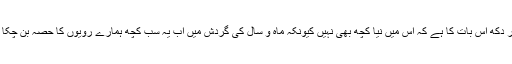
یہ سب کچھ نیا ہوتا تو مجھے افسوس نہیں ہوتا مگر دکھ اس بات کا ہے کہ اس میں نیا کچھ بھی نہیں کیونکہ ماہ و سال کی گردش میں اب یہ سب کچھ ہمارے رویوں کا حصہ بن چکا ہے اور ہم ایسے ہی جینے کے عادی ہوچکے ہیں۔